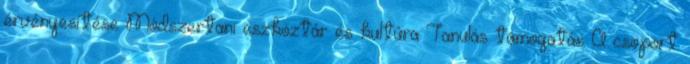
érvényesítése Módszertani eszköztár és kultúra Tanulás támogatás A csoport